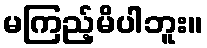
မကြည့်မိပါဘူး။